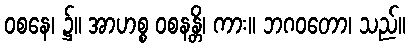
ဝစနေ၊ ၌။ အာဟစ္စ ဝစနန္တိ၊ ကား။ ဘဂဝတော၊ သည်။